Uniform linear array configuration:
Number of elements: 24
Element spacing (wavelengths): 0.5
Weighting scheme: exponential
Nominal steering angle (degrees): -15
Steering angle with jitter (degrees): -13.273
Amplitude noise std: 0.05
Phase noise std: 0.05

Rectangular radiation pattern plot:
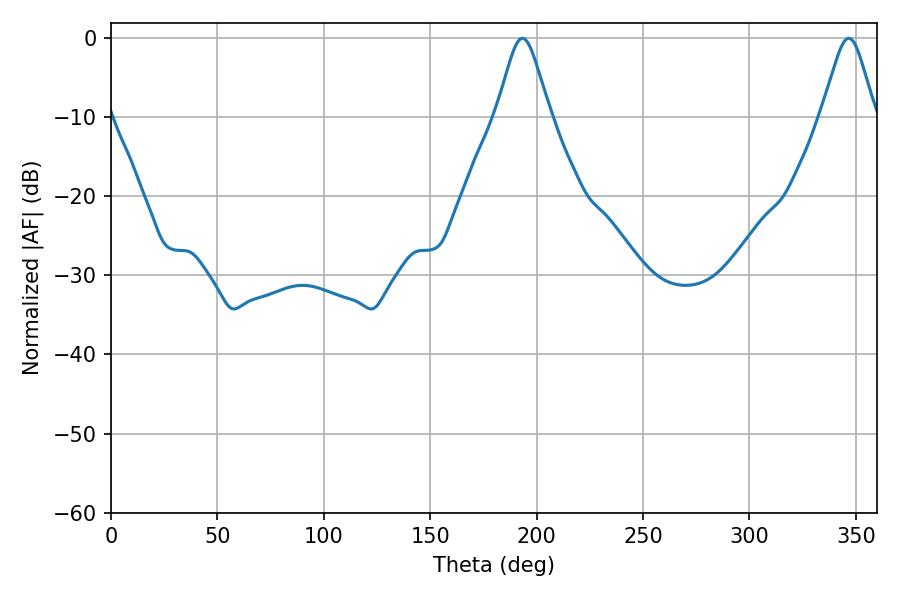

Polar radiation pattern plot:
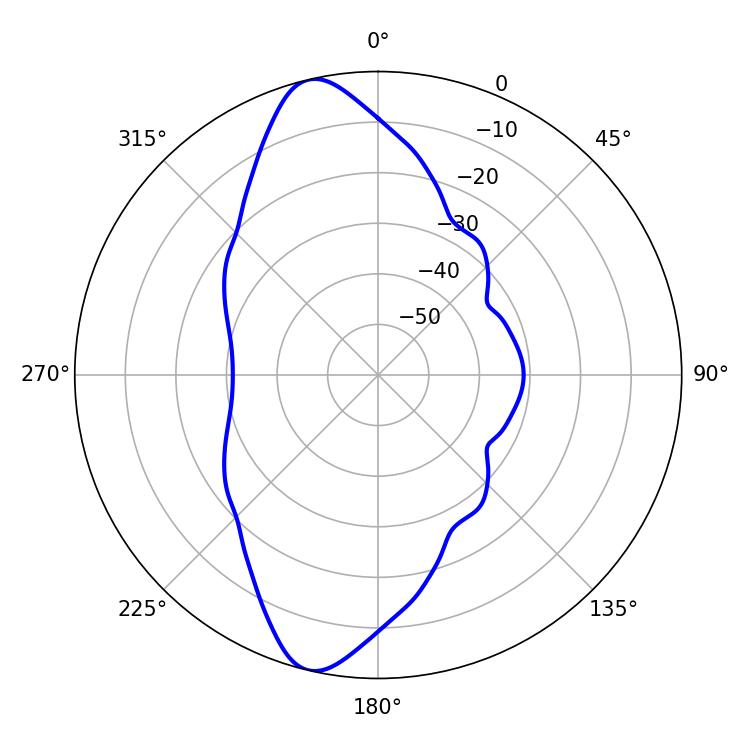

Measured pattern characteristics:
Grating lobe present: FALSE
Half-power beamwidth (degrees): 12.06
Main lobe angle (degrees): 193.32